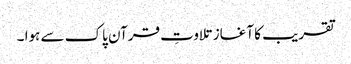
تقریب کا آغاز تلاوتِ قرآن پاک سے ہوا ۔